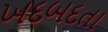
ખદબદતા